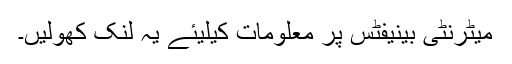
میٹرنٹی بینیفٹس پر معلومات کیلیئے یہ لنک کھولیں۔